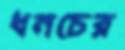
ধনচের